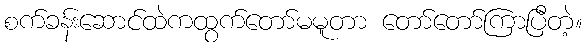
စက်ခန်းဆောင်ထဲကထွက်တော်မမူတာ တော်တော်ကြာပြီတဲ့။